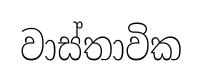
වාස්තාවික